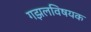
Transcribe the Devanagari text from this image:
गझलविषयक